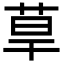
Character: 䓍